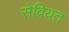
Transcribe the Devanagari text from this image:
सेवियत